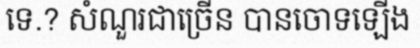
ទេ.? សំណួរជាច្រើន បានចោទឡើង